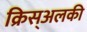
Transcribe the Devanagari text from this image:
क्रिस्अलकी